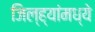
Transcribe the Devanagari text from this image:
जिल्ह्यांंमध्ये